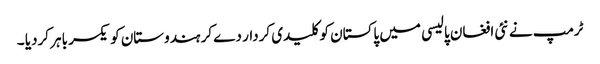
ٹرمپ نے نئی افغان پالیسی میں پاکستان کو کلیدی کردار دے کر ہندوستان کو یکسر باہر کردیا ۔